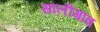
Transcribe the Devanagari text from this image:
सालीगांव